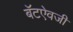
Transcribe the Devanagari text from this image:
बॅटऐवजी